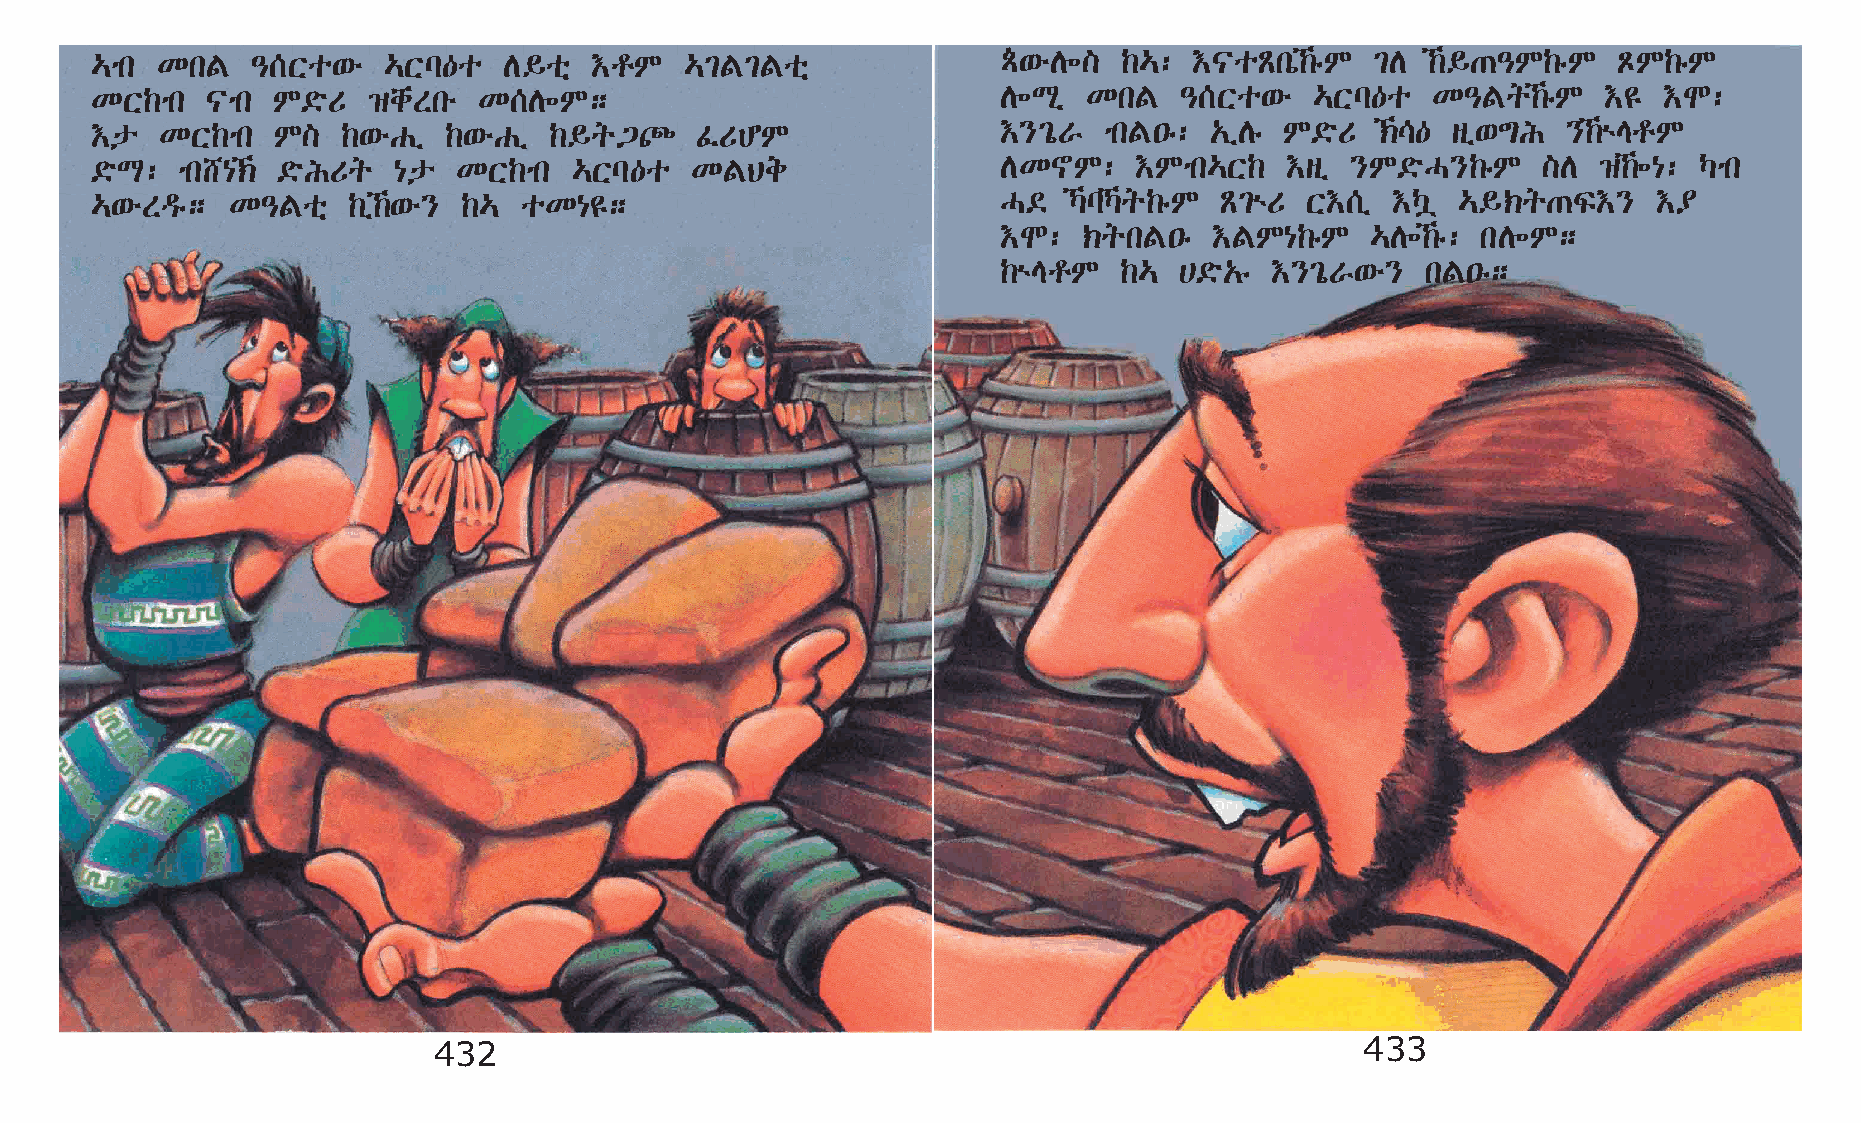
…mk KkF    –[Xo‘é  …Xl—o   D§oñ  †rM   …²F²Foñ              ÄÂ‘éD÷] ‰…:  †|oÃkò‰êM  ²D  ‰§·–M‰êM   ÅM‰êM
 KX‰mk   |mk M©öU  ›chSké  K[D÷M;                            D÷Lð  KkF   –[Xo‘é   …Xl—o   K–Fq‰êM   †£  †N:
 †p   KX‰mk  M]   ‰‘éGï ‰‘éGï  ‰§q³À     ÊUCM                †}²óV  mkF•ê: „ïDê M©öU  ‹\— sï‘´I   }‰ùErM
 ©öL:  mk_{‹ ©öIUq  {p  KX‰mk   …Xl—o   KFBe                DK~M:    †Mmk…X‰   †sï }M©öH}‰êM    ]D  ›‰÷{: Šmk
 …‘éSªê;  K–Foñ   ‰ï‰‘é} ‰… oK{£;                           H©   ŠlŠq‰êM Ã²ùU X†[ï  †Šú …§‹q·Ï†}      †¥
 †N:   ‹qkF•ê  †FM{‰êM    …D÷‰ê: kD÷M;
 ‰ùErM   ‰…  @©ö„ê †}²óV‘é}  kF•ê;
 432                                                          433